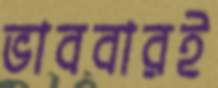
ভাববারই